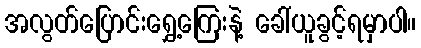
အလွတ်ပြောင်းရွှေ့ကြေးနဲ့ ခေါ်ယူခွင့်ရမှာပါ။